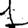
Digit: 1